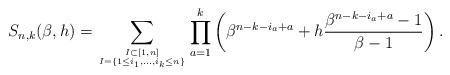
\begin{gather*}S_{n,k}(\beta,h) = \sum_{I \subset [1,n] \atop I=\{ 1 \le i_1,\ldots,i_k \le n \}} \prod_{a=1}^{k} \left(\beta^{n-k-i_{a}+a} + h\frac{\beta^{n-k-i_{a}+a}-1}{\beta-1} \right).\end{gather*}